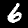
Label: 6